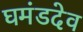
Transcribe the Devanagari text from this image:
घमंडदेव